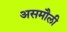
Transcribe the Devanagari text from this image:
असमौली